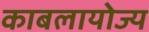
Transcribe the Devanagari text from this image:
काबलायोज्य